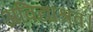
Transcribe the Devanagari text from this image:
अविद्याश्रव।